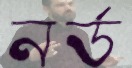
নর্ড